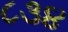
૮૩૪